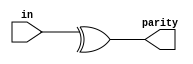
module top_module (
    input [7:0] in,
    output parity);

    assign parity = ^ in[7:0];
    //  We will use "even" parity, where the parity bit is just the XOR of all 8 data bits.

endmodule